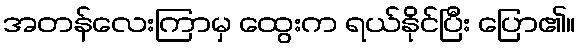
အတန်လေးကြာမှ ထွေးက ရယ်နိုင်ပြီး ပြော၏။